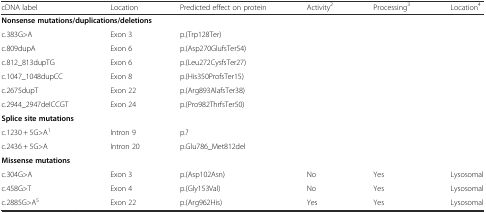
<table><thead><tr><td><b>cDNA label</b></td><td><b>Location</b></td><td><b>Predicted effect on protein</b></td><td><b>Activity<sup>2</sup></b></td><td><b>Processing<sup>3</sup></b></td><td><b>Location<sup>4</sup></b></td></tr></thead><tbody><tr><td colspan="6"><b>Nonsense mutations/duplications/deletions</b></td></tr><tr><td>c.383G&gt;A</td><td>Exon 3</td><td>p.(Trp128Ter)</td><td></td><td></td><td></td></tr><tr><td>c.809dupA</td><td>Exon 6</td><td>p.(Asp270GlufsTer54)</td><td></td><td></td><td></td></tr><tr><td>c.812_813dupTG</td><td>Exon 6</td><td>p.(Leu272CysfsTer27)</td><td></td><td></td><td></td></tr><tr><td>c.1047_1048dupCC</td><td>Exon 8</td><td>p.(His350ProfsTer15)</td><td></td><td></td><td></td></tr><tr><td>c.2675dupT</td><td>Exon 22</td><td>p.(Arg893AlafsTer38)</td><td></td><td></td><td></td></tr><tr><td>c.2944_2947delCCGT</td><td>Exon 24</td><td>p.(Pro982ThrfsTer50)</td><td></td><td></td><td></td></tr><tr><td colspan="6"><b>Splice site mutations</b></td></tr><tr><td>c.1230 + 5G&gt;A<sup>1</sup></td><td>Intron 9</td><td>p.?</td><td></td><td></td><td></td></tr><tr><td>c.2436 + 5G&gt;A</td><td>Intron 20</td><td>p.Glu786_Met812del</td><td></td><td></td><td></td></tr><tr><td><b>Missense mutations</b></td><td></td><td></td><td></td><td></td><td></td></tr><tr><td>c.304G&gt;A</td><td>Exon 3</td><td>p.(Asp102Asn)</td><td>No</td><td>Yes</td><td>Lysosomal</td></tr><tr><td>c.458G&gt;T</td><td>Exon 4</td><td>p.(Gly153Val)</td><td>No</td><td>Yes</td><td>Lysosomal</td></tr><tr><td>c.2885G&gt;A<sup>5</sup></td><td>Exon 22</td><td>p.(Arg962His)</td><td>Yes</td><td>Yes</td><td>Lysosomal</td></tr></tbody></table>